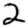
Digit: 2